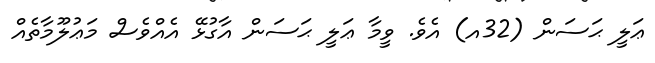
ޢަލީ ޙަސަން (32އ) އެވެ. ވީމާ ޢަލީ ޙަސަން އާގުޅޭ އެއްވެސް މަޢުލޫމާތެއް